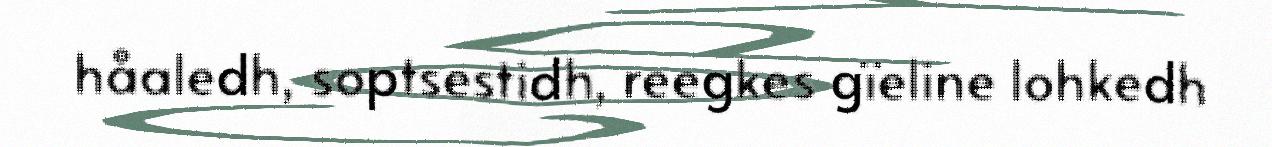
håaledh, soptsestidh, reegkes gïeline lohkedh